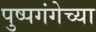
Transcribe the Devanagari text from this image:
पुष्पगंगेच्या